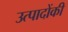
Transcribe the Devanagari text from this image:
उत्पादोंकी